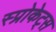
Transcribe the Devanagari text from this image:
स्प्रोकेट्स